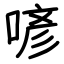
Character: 喭